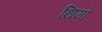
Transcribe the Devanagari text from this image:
थिमों